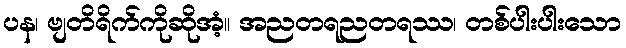
ပန၊ ဗျတိရိက်ကိုဆိုအံ့။ အညတရညတရဿ၊ တစ်ပါးပါးသော